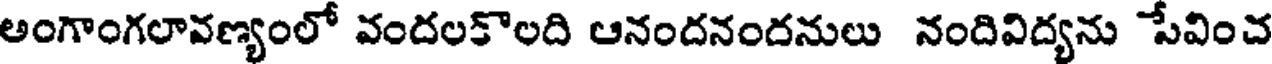
అంగాంగలావణ్యంలో వందలకొలది ఆనందనందనులు నందివిద్యను సేవించ